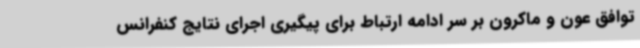
توافق عون و ماکرون بر سر ادامه ارتباط برای پیگیری اجرای نتایج کنفرانس